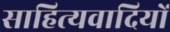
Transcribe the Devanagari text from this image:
साहित्यवादियों